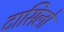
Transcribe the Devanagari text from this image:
टासिलो